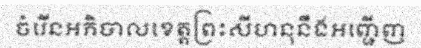
ចំរើនអភិបាលខេត្តព្រះសីហនុនឹងអញ្ជើញ